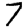
Digit: 7